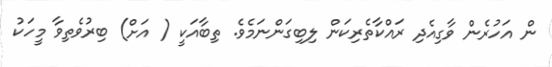
ން އަހުރެން ވާގިއެދި ރައްކާތެރިކަން ލިބިގަންނަމެވެ. ތިބާއަކީ ( އަށް) ބިރުވެތިވާ މީހަކު